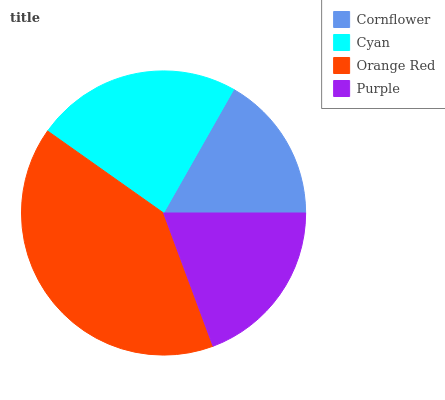
| Cornflower | Cyan | Orange Red | Purple |
 | --- | --- | --- | --- |
 | 16.7% | 23.4% | 40.4% | 19.4% |